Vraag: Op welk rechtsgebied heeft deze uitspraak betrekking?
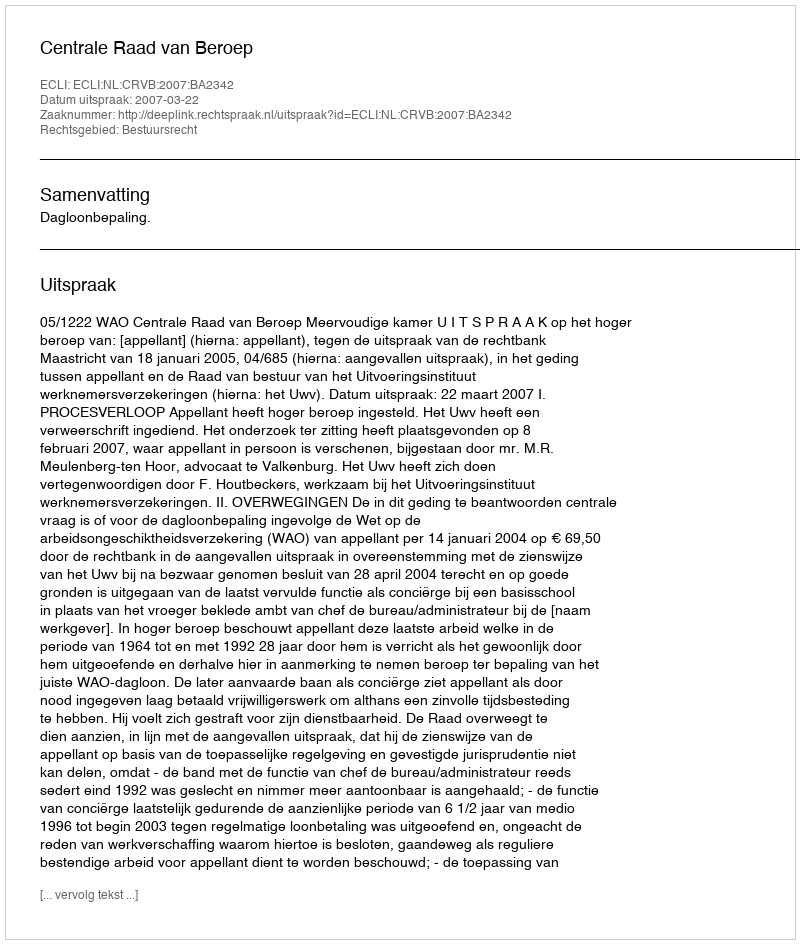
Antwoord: Bestuursrecht